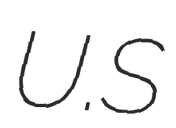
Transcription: U.S